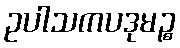
ဥပါသကပဒုမဉ္စ